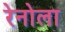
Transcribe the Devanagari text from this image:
रेनोला